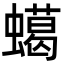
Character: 䗶